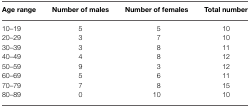
| Age range | Number of males | Number of females | Total number |
 | --- | --- | --- | --- |
 | 10–19 | 5 | 5 | 10 |
 | 20–29 | 3 | 7 | 10 |
 | 30–39 | 3 | 8 | 11 |
 | 40–49 | 4 | 8 | 12 |
 | 50–59 | 9 | 3 | 12 |
 | 60–69 | 5 | 6 | 11 |
 | 70–79 | 7 | 8 | 15 |
 | 80–89 | 0 | 10 | 10 |